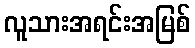
လူသားအရင်းအမြစ်